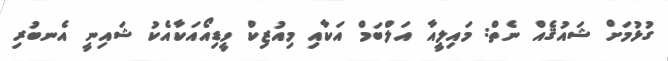
ގުޅުމަށް ޝައުޤެއް ނެތް: މައިލީއާ އަލްބަމް އަކާއި މިއުޒިކް ވީޑިއޯއަކާއެކު ޝައިނީ އެނބުރި